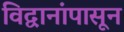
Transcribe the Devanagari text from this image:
विद्वानांपासून